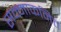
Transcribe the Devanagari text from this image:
सन्माकनित